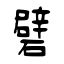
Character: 礕